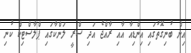
އިން ބުނިގޮތުގައި އިންޑިއާ އާއި ރާއްޖެ އަދި ސްރީ ލަންކާގައި ޕްލާސްޓިކް ކުނި